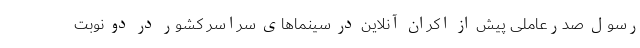
رسول صدرعاملی پیش از اکران آنلاین در سینماهای سراسر کشور در دو نوبت